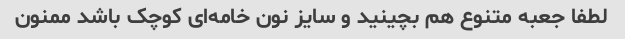
لطفا جعبه متنوع هم بچینید و سایز نون خامه‌ای کوچک باشد ممنون